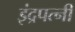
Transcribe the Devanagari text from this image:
इंद्रपत्नी